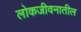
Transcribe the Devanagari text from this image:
लोकजीवनातील